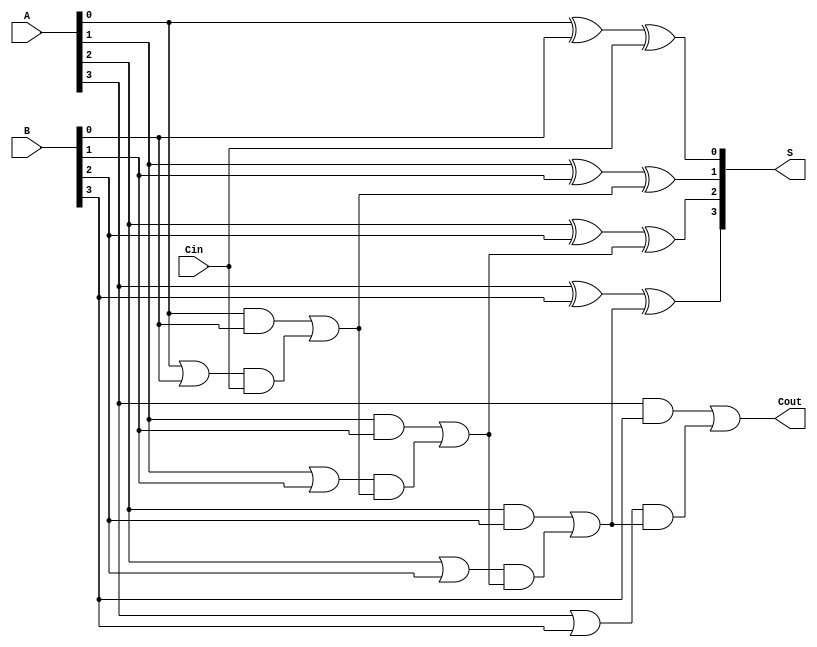
module RCLA #(parameter N = 4) (
    input [N-1:0] A,        // First n-bit input
    input [N-1:0] B,        // Second n-bit input
    input Cin,              // Input carry
    output [N-1:0] S,       // n-bit sum output
    output Cout             // Output carry
);

    // Generate and Propagate Signals
    wire [N-1:0] G; // Generate signals
    wire [N-1:0] P; // Propagate signals
    wire [N:0] C;   // Carry signals

    // Calculate Generate and Propagate signals
    genvar i;
    generate
        for (i = 0; i < N; i = i + 1) begin : generate_propagate
            assign G[i] = A[i] & B[i];      // Gi = Ai AND Bi
            assign P[i] = A[i] | B[i];      // Pi = Ai OR Bi
        end
    endgenerate

    // Carry Calculation
    assign C[0] = Cin; // C0 = Cin
    generate
        for (i = 0; i < N; i = i + 1) begin : carry_compute
            assign C[i+1] = G[i] | (P[i] & C[i]); // Ci+1 = Gi OR (Pi AND Ci)
        end
    endgenerate

    // Sum Calculation
    generate
        for (i = 0; i < N; i = i + 1) begin : sum_compute
            assign S[i] = A[i] ^ B[i] ^ C[i]; // Si = Ai XOR Bi XOR Ci
        end
    endgenerate

    // Cout is the carry out of the last bit
    assign Cout = C[N];

endmodule